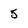
Character: 5